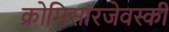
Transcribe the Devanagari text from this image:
क्रोमिसारजेवस्की